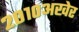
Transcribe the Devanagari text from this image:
२०१०अखेर